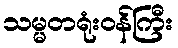
သမ္မတရုံးဝန်ကြီး